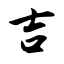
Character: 吉